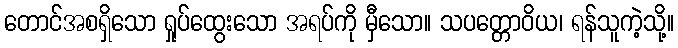
တောင်အစရှိသော ရှုပ်ထွေးသော အရပ်ကို မှီသော။ သပတ္တောဝိယ၊ ရန်သူကဲ့သို့။